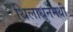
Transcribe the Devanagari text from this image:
थिलाधुनमथी